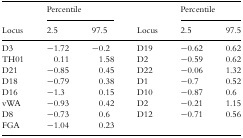
<table><thead><tr><td></td><td colspan="2"><b>Percentile</b></td><td></td><td colspan="2"><b>Percentile</b></td></tr><tr><td><b>Locus</b></td><td><b>2.5</b></td><td><b>97.5</b></td><td><b>Locus</b></td><td><b>2.5</b></td><td><b>97.5</b></td></tr></thead><tbody><tr><td>D3</td><td>−1.72</td><td>−0.2</td><td>D19</td><td>−0.62</td><td>0.62</td></tr><tr><td>TH01</td><td>0.11</td><td>1.58</td><td>D2</td><td>−0.59</td><td>0.62</td></tr><tr><td>D21</td><td>−0.85</td><td>0.45</td><td>D22</td><td>−0.06</td><td>1.32</td></tr><tr><td>D18</td><td>−0.79</td><td>0.38</td><td>D1</td><td>−0.7</td><td>0.52</td></tr><tr><td>D16</td><td>−1.3</td><td>0.15</td><td>D10</td><td>−0.87</td><td>0.6</td></tr><tr><td>vWA</td><td>−0.93</td><td>0.42</td><td>D2</td><td>−0.21</td><td>1.15</td></tr><tr><td>D8</td><td>−0.73</td><td>0.6</td><td>D12</td><td>−0.71</td><td>0.56</td></tr><tr><td>FGA</td><td>−1.04</td><td>0.23</td><td></td><td></td><td></td></tr></tbody></table>